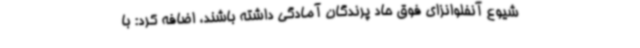
شیوع آنفلوانزای فوق حاد پرندگان آمادگی داشته باشند، اضافه کرد: با